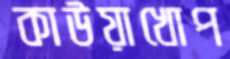
কাউয়াখোপ